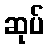
ဆုပ်